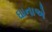
ઘાનાએ